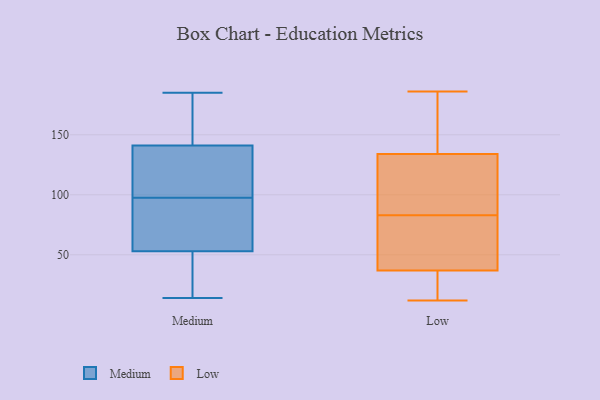
{"axis": {"x": "LTV (USD)", "y": "Value"}, "legend": ["Low", "Medium"], "data": [{"x": "", "y": 72, "type": "Medium"}, {"x": "", "y": 48, "type": "Medium"}, {"x": "", "y": 116, "type": "Medium"}, {"x": "", "y": 14, "type": "Medium"}, {"x": "", "y": 103, "type": "Medium"}, {"x": "", "y": 151, "type": "Medium"}, {"x": "", "y": 185, "type": "Medium"}, {"x": "", "y": 31, "type": "Medium"}, {"x": "", "y": 86, "type": "Medium"}, {"x": "", "y": 170, "type": "Medium"}, {"x": "", "y": 53, "type": "Medium"}, {"x": "", "y": 141, "type": "Medium"}, {"x": "", "y": 92, "type": "Medium"}, {"x": "", "y": 121, "type": "Medium"}, {"x": "", "y": 52, "type": "Low"}, {"x": "", "y": 139, "type": "Low"}, {"x": "", "y": 170, "type": "Low"}, {"x": "", "y": 129, "type": "Low"}, {"x": "", "y": 62, "type": "Low"}, {"x": "", "y": 126, "type": "Low"}, {"x": "", "y": 112, "type": "Low"}, {"x": "", "y": 12, "type": "Low"}, {"x": "", "y": 38, "type": "Low"}, {"x": "", "y": 79, "type": "Low"}, {"x": "", "y": 183, "type": "Low"}, {"x": "", "y": 33, "type": "Low"}, {"x": "", "y": 43, "type": "Low"}, {"x": "", "y": 186, "type": "Low"}, {"x": "", "y": 180, "type": "Low"}, {"x": "", "y": 87, "type": "Low"}, {"x": "", "y": 36, "type": "Low"}, {"x": "", "y": 19, "type": "Low"}, {"x": "", "y": 98, "type": "Low"}, {"x": "", "y": 22, "type": "Low"}]}